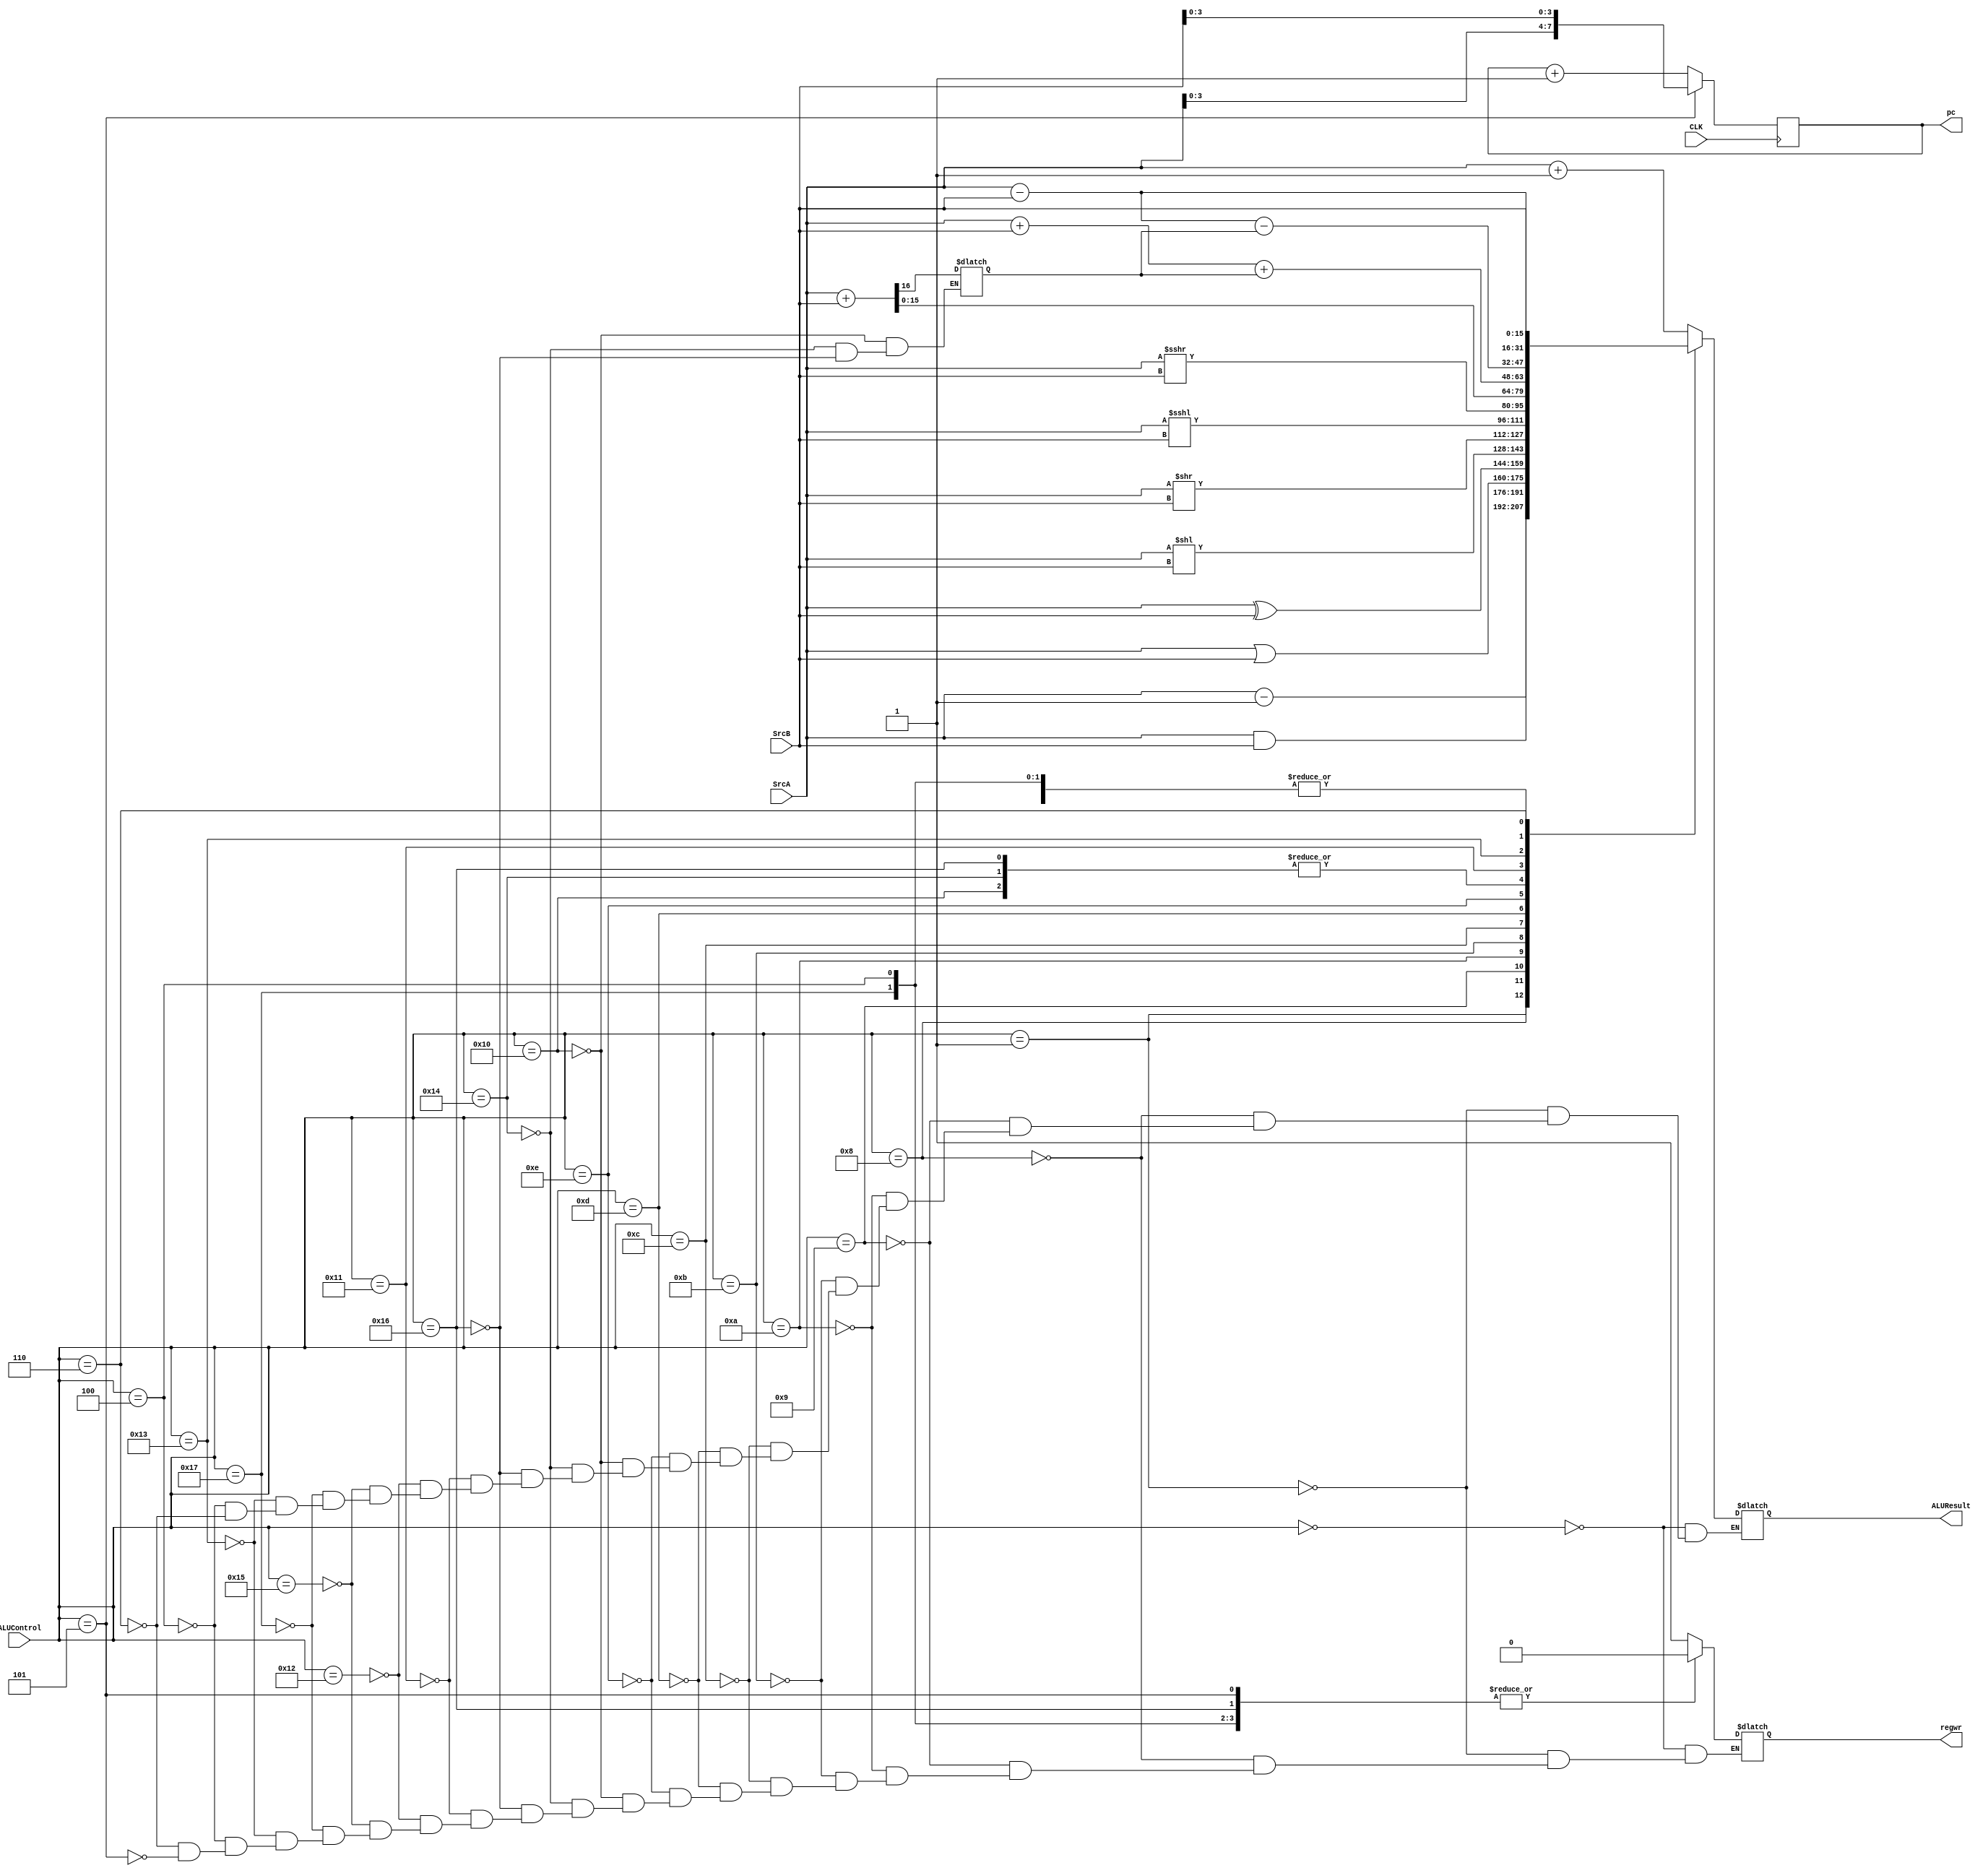
`define  INS		5'b00000 //
`define  DES		5'b00001 //

`define	AND		5'b01000	//
`define 	OR    	5'b01001	//
`define 	XOR   	5'b01010	//
`define	SLL		5'b01011	//
`define 	SRL   	5'b01100 //
`define	SLA		5'b01101 //
`define 	SRA   	5'b01110 //

`define  ADD		5'b10000 //
`define	ADDC		5'b10001 //
`define	SUB   	5'b10010 //
`define 	SUBC  	5'b10011 //

`define	ADD_I		5'b10100 //
`define 	SUB_I  	5'b10101 //
`define	ADD_II	5'b10110 //
`define 	SUB_II 	5'b10111 //

`define	CMP		5'b00100 //
`define	JUMP		5'b00101 //
`define	MOV		5'b00110 //

module ALU(
	input CLK,
	input [4:0] ALUControl,
	input [15:0] SrcA,
	input [15:0] SrcB,
	output reg[15:0] ALUResult,
	output reg[7:0] pc=0,
	output reg regwr
    );
	
	//N=1,Z=1,C=1C=0
	reg CF_temp;
	/*
	wire ZF_temp, NF_temp;
	reg ZF, CF, NF;
	*/
	/*
	initial begin
		//pc
		pc <= {8'b0};
	end	
	*/
	always@(*)//
	//if(enable)
	begin
		//ALUResult <= 16'b0;
		case(ALUControl)
			`INS:	   begin ALUResult <= ( SrcA + 1 ); regwr <= 1'b1; end
			`DES:		begin ALUResult <= ( SrcA - 1 ); regwr <= 1'b1; end
			
			`AND:		begin ALUResult <= ( SrcA & SrcB );regwr <= 1'b1; end
			`OR:		begin ALUResult <= ( SrcA | SrcB );regwr <= 1'b1; end
			`XOR:		begin ALUResult <= ( SrcA ^ SrcB );regwr <= 1'b1; end
			`SLL:		begin ALUResult <= ( SrcA << SrcB );regwr <= 1'b1; end
			`SRL:		begin ALUResult <= ( SrcA >> SrcB );regwr <= 1'b1; end
			`SLA:		begin ALUResult <= ( SrcA <<< SrcB );regwr <= 1'b1; end
			`SRA:		begin ALUResult <= ( SrcA >>> SrcB );regwr <= 1'b1; end
			
			`ADD:		begin {CF_temp, ALUResult} <= {1'b0, SrcA} + {1'b0, SrcB};regwr <= 1'b1; end
			`ADD_I:	begin {CF_temp, ALUResult} <= {1'b0, SrcA} + {1'b0, SrcB};regwr <= 1'b1; end
			`ADD_II:	begin {CF_temp, ALUResult} <= {1'b0, SrcA} + {1'b0, SrcB};regwr <= 1'b0; end
			`ADDC:	begin ALUResult <= ( SrcA + SrcB + CF_temp);regwr <= 1'b1; end
			
			`SUB:		begin ALUResult <= ( SrcA - SrcB );regwr <= 1'b1; end
			`SUB_I:	begin ALUResult <= ( SrcA - SrcB );regwr <= 1'b1; end
			`SUB_II:	begin ALUResult <= ( SrcA - SrcB );regwr <= 1'b0; end
			`SUBC:	begin ALUResult <= ( SrcA - SrcB - CF_temp);regwr <= 1'b1; end
			
			`CMP:		begin ALUResult <= ( SrcA - SrcB );regwr <= 1'b0; end
			`MOV:	   begin ALUResult <= SrcB;regwr <= 1'b1; end
			`JUMP:	begin ALUResult <= ALUResult;regwr <= 1'b0; end//CF
			
			default:	ALUResult <= ALUResult;
		endcase
	end
	//
	always@(posedge CLK)
	//if(enable)
	begin
		case(ALUControl)
			`JUMP:	pc <= {SrcA[3:0],SrcB[3:0]};//
			
			default:	pc <= pc+1;//
		endcase
	end
	/*
	//0ZF1
	assign ZF_temp = (ALUResult == 0);
	//1ZF1
	assign NF_temp = (ALUResult[15] == 1'b1);
	//CF
	//assign CF_temp = CF_temp;
	//CMP
	always@(posedge CLK)
	begin
		ZF <= ZF_temp;
		CF <= CF_temp;
		NF <= NF_temp;
	end
	
	//Set Flag 
	always@(*)
	begin
		case(ALUControl)
			`JUMP:	Flag <= 1'b1;//1
			
			`JMPR:	Flag <= 1'b1;
			`BZ:		Flag <= ZF;//ZF
			`BNZ:		Flag <= ~ZF;
			`BN:		Flag <= NF;//NF
			`BNN:		Flag <= ~NF;
			`BC:		Flag <= CF;//CF
			`BNC:		Flag <= ~CF;
			
			default:	Flag <= 1'b0;//0
		endcase
	end
	*/
endmodule